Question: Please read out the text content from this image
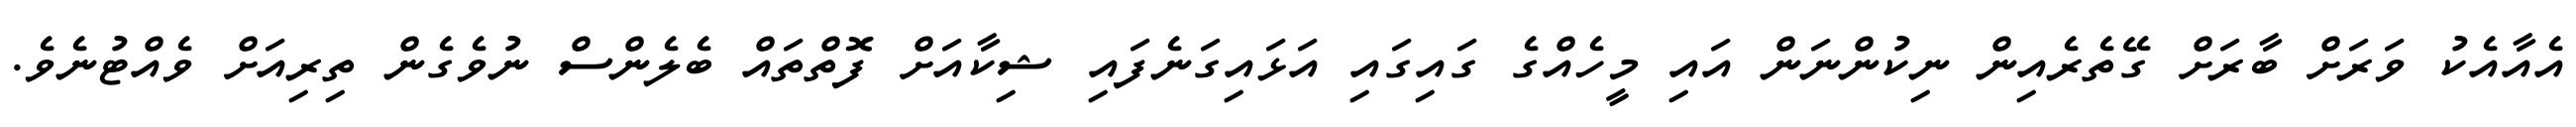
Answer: އެއާއެކު ވަރަށް ބާރަށް ގޭތެރެއިން ނިކުންނަން އައި މީހެއްގެ ގައިގައި އަޅައިގަނެފައި ޝިކާއަށް ފޮތްތައް ބެލެންސް ނުވެގެން ތިރިއަށް ވެއްޓުނެވެ.